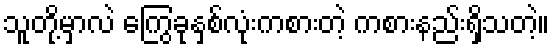
သူတို့မှာလဲ ကြွေခုနှစ်လုံးကစားတဲ့ ကစားနည်းရှိသတဲ့။